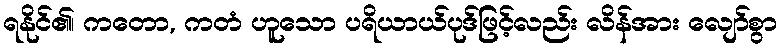
ရနိုင်၏၊ ကတော, ကတံ ဟူသော ပရိယာယ်ပုဒ်ဖြင့်လည်း လိန်အား လျော်စွာ